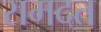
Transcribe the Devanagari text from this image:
रामदत